Insane asylums in Bengal annual reports 1867-1875 - 1867-1875
Year: 1867
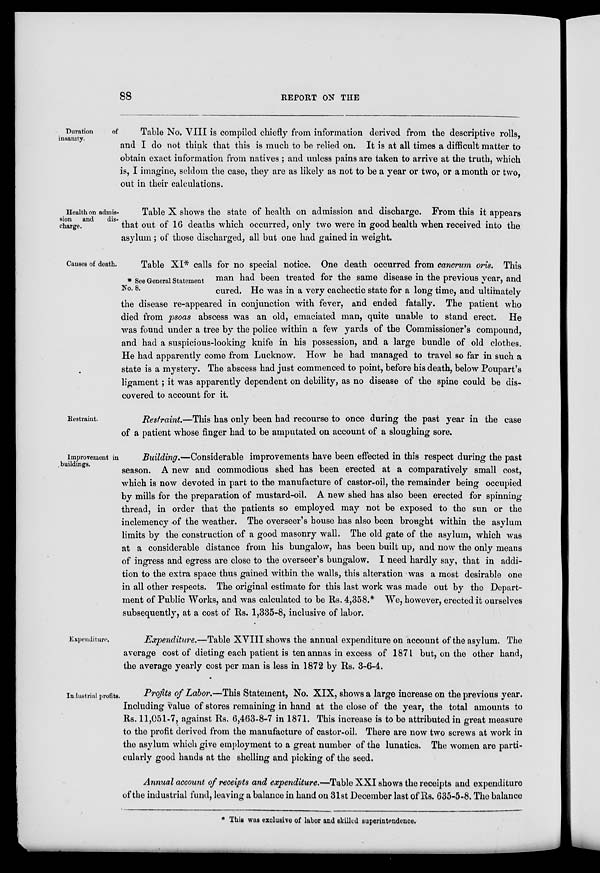
88
REPORT ON THE
Duration
of
insanity.
Table No. VIII is compiled chiefly from information derived from the descriptive rolls,
and I do not think that this is much to be relied on. It is at all times a difficult matter to
obtain exact information from natives ; and unless pains are taken to arrive at the truth, which
is, I imagine, seldom the case, they are as likely as not to be a year or two, or a month or two,
out in their calculations.
Health on admis-
sion
and
dis-
charge.
Table X shows the state of health on admission and discharge. From this it appears
that out of 16 deaths which occurred, only two were in good health when received into the
asylum; of those discharged, all but one had gained in weight.
Causes of death.
* See General Statement
No. 8.
Table XI* calls for no special notice. One death occurred from cancrum oris. This
man had been treated for the same disease in the previous year, and
cured. He was in a very cachectic state for a long time, and ultimately
the disease re-appeared in conjunction with fever, and ended fatally. The patient who
died from psoas abscess was an old, emaciated man, quite unable to stand erect. He
was found under a tree by the police within a few yards of the Commissioner's compound,
and had a suspicious-looking knife in his possession, and a large bundle of old clothes.
He had apparently come from Lucknow. How he had managed to travel so far in such a
state is a mystery. The abscess had just commenced to point, before his death, below Poupart's
ligament; it was apparently dependent on debility, as no disease of the spine could be dis-
covered to account for it.
Restraint.
Restraint.—This has only been had recourse to once during the past year in the case
of a patient whose finger had to be amputated on account of a sloughing sore.
Improvement in
buildings.
Building.—Considerable improvements have been effected in this respect during the past
season. A new and commodious shed has been erected at a comparatively small cost,
which is now devoted in part to the manufacture of castor-oil, the remainder being occupied
by mills for the preparation of mustard-oil. A new shed has also been erected for spinning
thread, in order that the patients so employed may not be exposed to the sun or the
inclemency of the weather. The overseer's house has also been brought within the asylum
limits by the construction of a good masonry wall. The old gate of the asylum, which was
at a considerable distance from his bungalow, has been built up, and now the only means
of ingress and egress are close to the overseer's bungalow. I need hardly say, that in addi-
tion to the extra space thus gained within the walls, this alteration was a most desirable one
in all other respects. The original estimate for this last work was made out by the Depart-
ment of Public Works, and was calculated to be Rs. 4,358.* We, however, erected it ourselves
subsequently, at a cost of Rs. 1,335-8, inclusive of labor.
Expenditure.
Expenditure.—Table XVIII shows the annual expenditure on account of the asylum. The
average cost of dieting each patient is ten annas in excess of 1871 but, on the other hand,
the average yearly cost per man is less in 1872 by Rs. 3-6-4.
Industrial profits.
Profits of Labor.—This Statement, No. XIX, shows a large increase on the previous year.
Including value of stores remaining in hand at the close of the year, the total amounts to
Rs. 11,051-7, against Rs. 6,463-8-7 in 1871. This increase is to be attributed in great measure
to the profit derived from the manufacture of castor-oil. There are now two screws at work in
the asylum which give employment to a great number of the lunatics. The women are parti-
cularly good hands at the shelling and picking of the seed.
Annual account of receipts and expenditure.—Table XXI shows the receipts and expenditure
of the industrial fund, leaving a balance in hand on 31st December last of Rs. 635-5-8. The balance
* This was exclusive of labor and skilled superintendence.